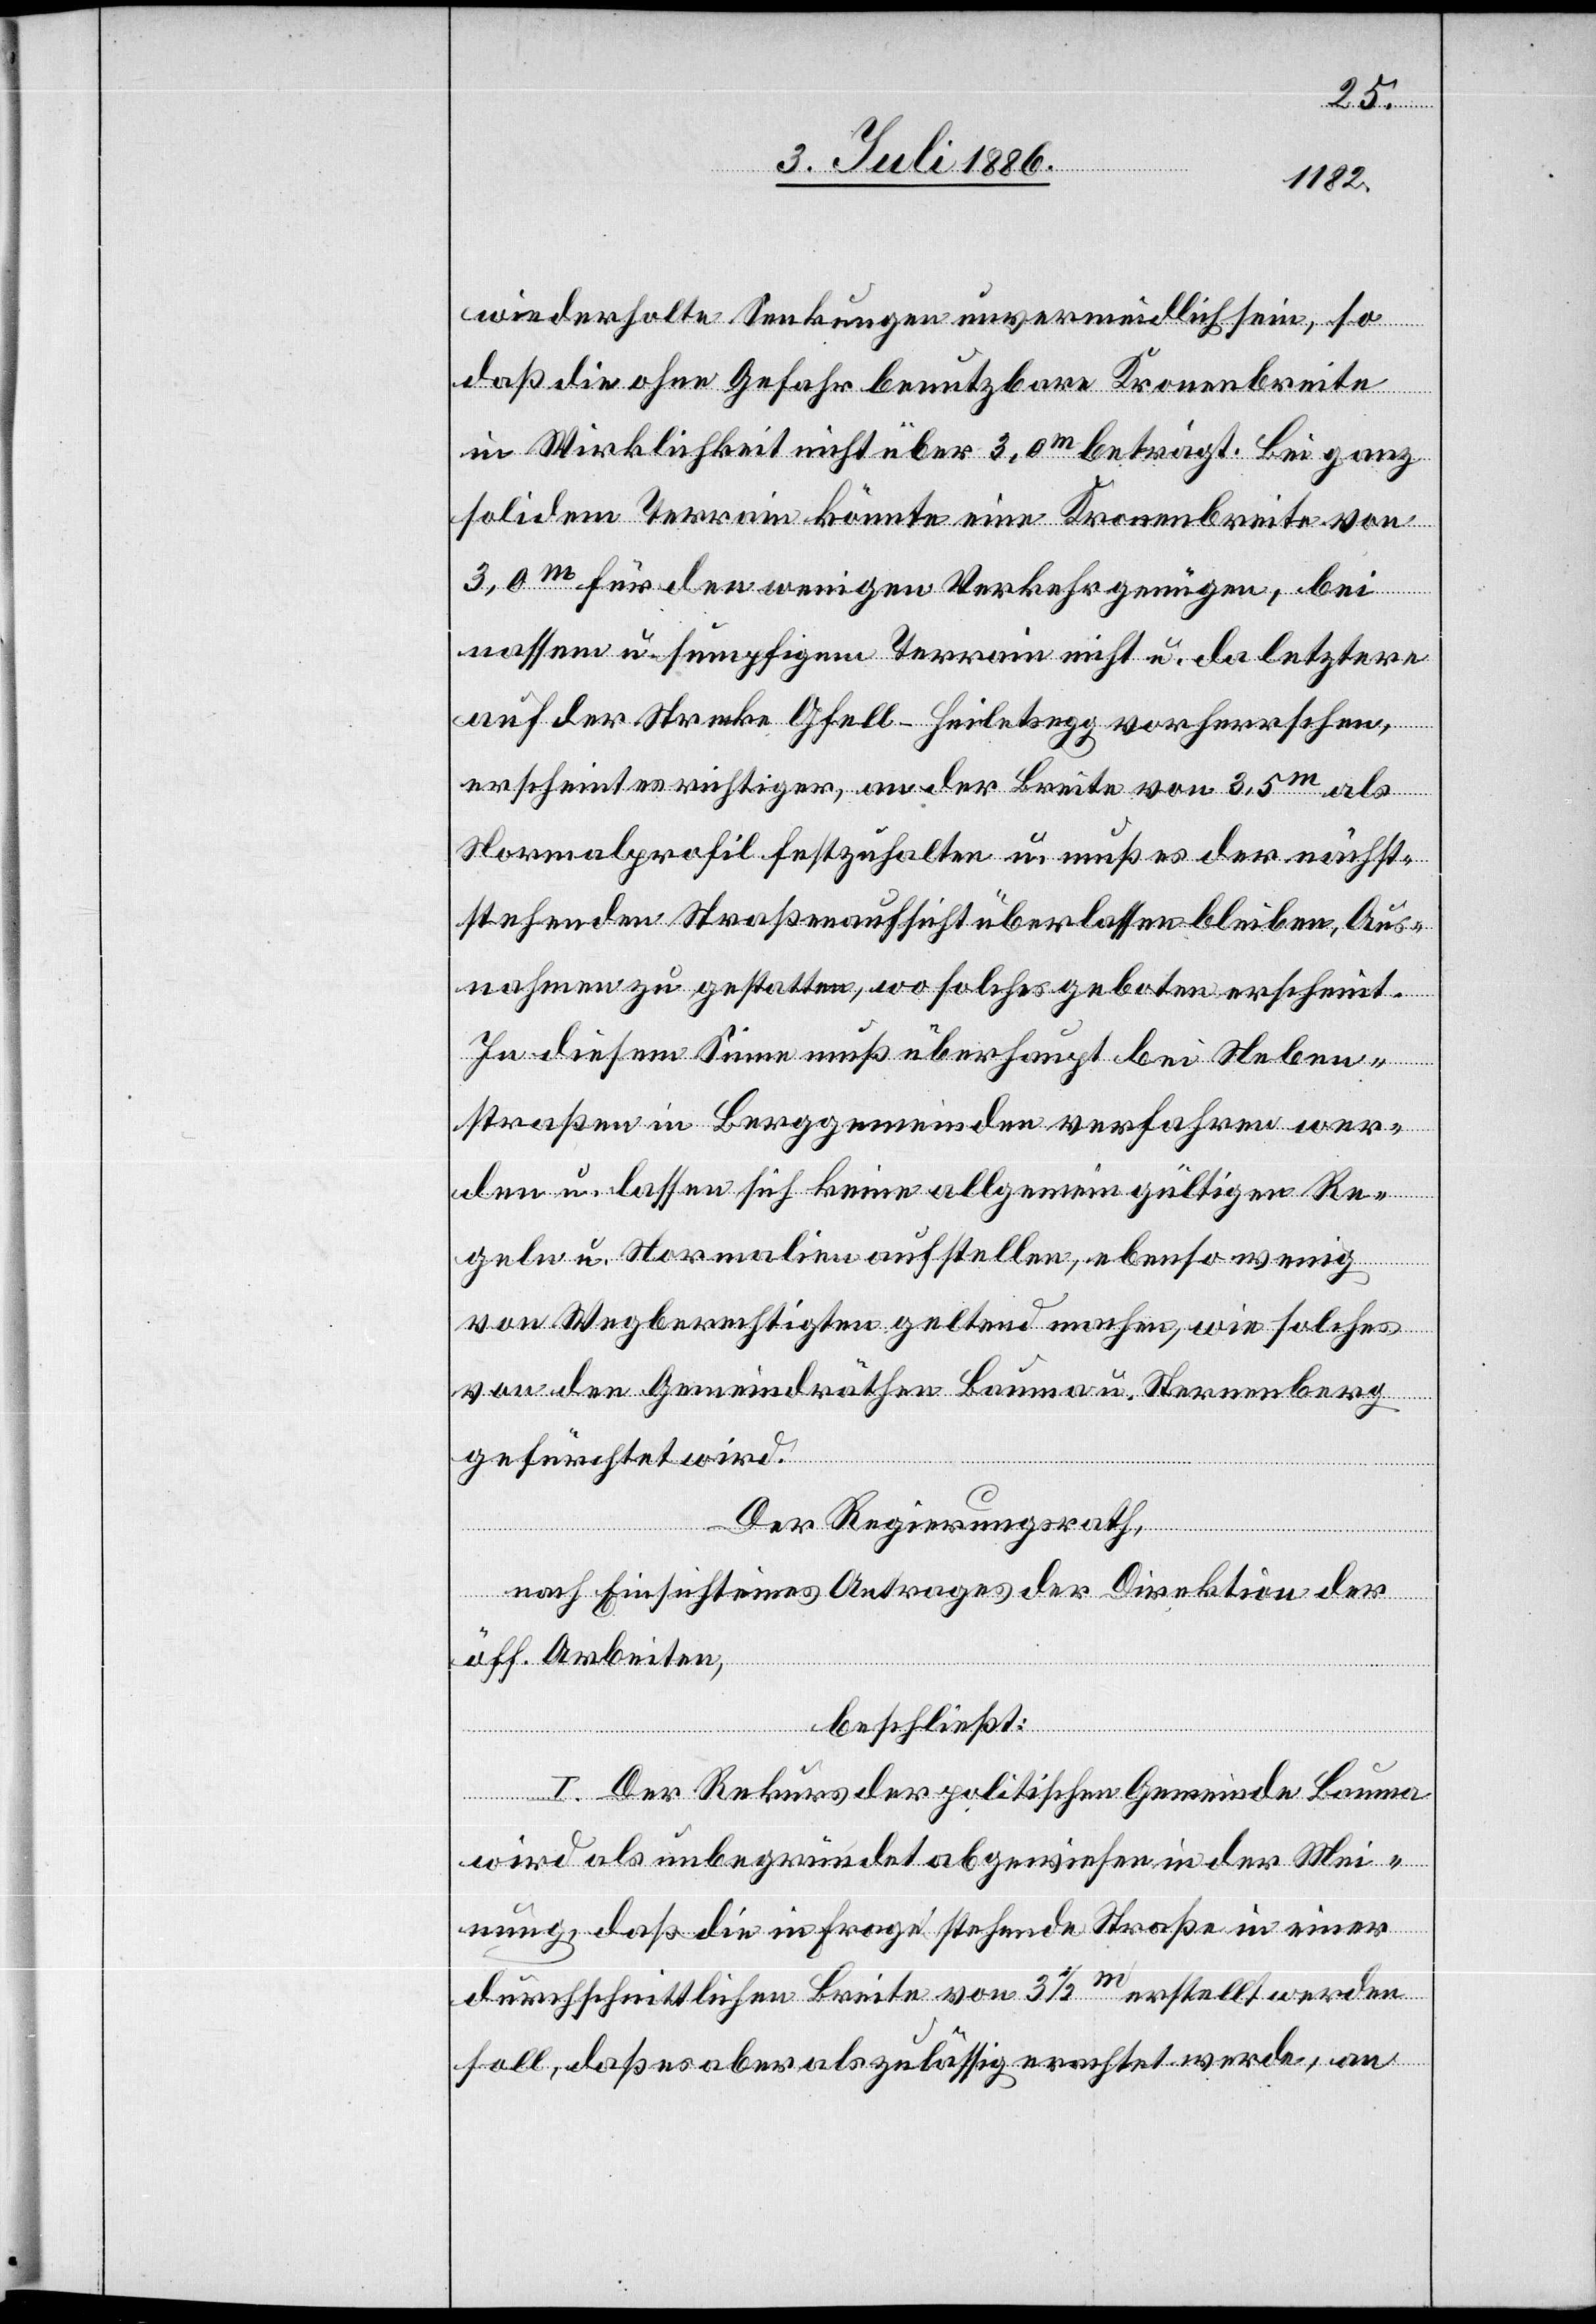
wiederholte Senkungen unvermeidlich sein, so
daß die ohne Gefahr benutzbare Kronenbreite
in Wirklichkeit nicht über 3,0m beträgt. Bei ganz
solidem Terrain könnte eine Kronenbreite von
3,0m für den wenigen Verkehr genügen, bei
nassem u. sumpfigem Terrain nicht u. da letztere
auf der Strecke Gfell–Heiletsegg vorherrschen,
erscheint es richtiger, an der Breite von 3,5m als
Normalprofil festzuhalten u. muß es der nächst¬
stehenden Straßenaufsicht überlassen bleiben, Aus¬
nahmen zu gestatten, wo solches geboten erscheint.
In diesem Sinne muß überhaupt bei Neben¬
straßen in Berggemeinden verfahren wer¬
den u. lassen sich keine allgemein gültigen Re¬
geln u. Normalien aufstellen, ebenso wenig
von Wegberechtigten geltend machen, wie solches
von den Gemeindräthen Bauma u. Sternenberg
gefürchtet wird.
Der Regierungsrath,
nach Einsicht eines Antrages der Direktion der
öff. Arbeiten,
beschließt:
I. Der Rekurs der politischen Gemeinde Bauma
wird als unbegründet abgewiesen in der Mei¬
nung, daß die in Frage stehende Straße in einer
durchschnittlichen Breite von 3 1/2 m erstellt werden
soll, daß es aber als zulässig erachtet werde, an